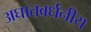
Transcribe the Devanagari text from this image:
अघातवर्धनीय